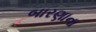
બારણાના